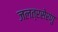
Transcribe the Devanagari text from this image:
जलत्रसेरणु